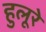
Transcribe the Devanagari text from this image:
हुलूरे